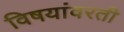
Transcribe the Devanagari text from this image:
विषयांवरती